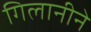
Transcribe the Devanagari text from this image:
गिलानीने